Vaccination in Bombay 1902-1912 - 1902-1912
Year: 1902
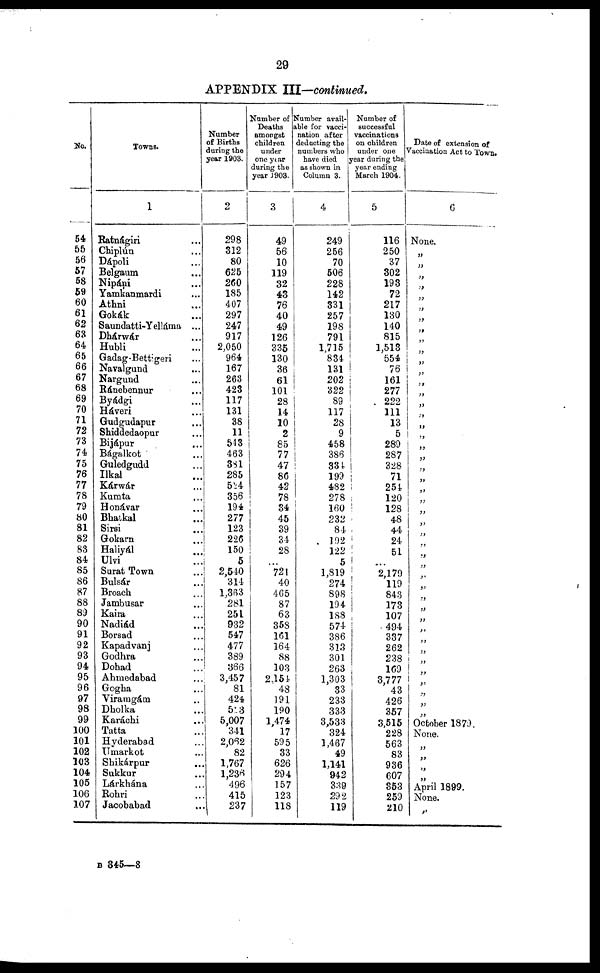
29
APPENDIX III—continued.
No.
54
55
56
57
58
59
60
61
62
63
64
65
66
67
68
69
70
71
72
73
74
75
76
77
78
79
80
81
82
83
84
85
86
87
88
89
90
91
92
93
94
95
96
97
98
99
100
101
102
103
104
105
106
107
Towns.
1
Ratnágiri ...
Chiplún ...
Dápoli ...
Belgaum ...
Nipáni ...
Yamkanmardi ...
Athni ...
Gokák ...
Saundatti-Yelláma ...
Dhárwár ...
Hubli ...
Gadag-Bettigeri ...
Navalgund ...
Nargund ...
Ránebennur ...
Byádgi ...
Háveri ...
Gudgudapur ...
Shiddedaopur ...
Bijápur ...
Bágalkot ...
Guledgudd ...
Ilkal ...
Kárwár ...
Kumta ...
Honávar ...
Bhatkal ...
Sirsi ...
Gokarn ...
Haliyál ...
Ulvi
...
Surat Town ...
Bulsár ...
Broach ...
Jambusar ...
Kaira ...
Nadiád ...
Borsad ...
Kapadvanj ...
Godhra ...
Dohad ...
Ahmedabad ...
Gogha ...
Viramgám ...
Dholka ...
Karáchi ...
Tatta ...
Hyderabad ...
Umarkot ...
Shikárpur ...
Sukkur ...
Lárkhána ...
Rohri ...
Jacobabad ...
Number
of Births
during the
year 1903.
2
298
312
80
625
260
185
407
297
247
917
2,050
964
167
263
423
117
131
38
11
543
463
381
285
524
356
194
277
123
226
150
5
2,640
314
1,363
281
251
932
547
477
389
366
3,457
81
424
583
5,007
341
2,062
82
1,767
1,236
496
415
237
Number of
Deaths
amongst
children
under
one year
during the
year 1903.
3
49
56
10
119
32
43
76
40
49
126
335
130
36
61
101
28
14
10
2
85
77
47
86
42
78
34
45
39
34
28
...
721
40
465
87
63
358
161
164
88
103
2,154
48
191
190
1,474
17
595
33
626
294
157
123
118
Number avail-
able for vacci-
nation after
deducting the
numbers who
have died
as shown in
Column 3.
4
249
256
70
506
228
142
331
257
198
791
1,715
834
131
202
322
89
117
28
9
458
386
334
199
482
278
160
232
84
192
122
5
1,819
274
898
194
188
574
386
313
301
263
1,303
33
233
333
3,533
324
1,467
49
1,141
942
339
292
119
Number of
successful
vaccinations
on children
under one
year during the
year ending
March 1904.
5
116
250
37
302
193
72
217
130
140
815
1,513
554
76
161
277
222
111
13
5
289
287
328
71
254
120
128
48
44
24
51
...
2,179
119
843
173
107
494
337
262
238
169
3,777
43
426
357
3,515
228
563
83
936
607
353
259
210
Date of extension of
Vaccination Act to Town.
6
None.
„
„
„
„
„
„
„
„
„
„
„
„
„
„
„
„
„
„
„
„
„
„
„
„
„
„
„
„
„
„
„
„
„
„
„
„
„
„
„
„
„
„
„
„
October 1879.
None.
„
„
„
„
April 1899.
None.
„
B 345—8